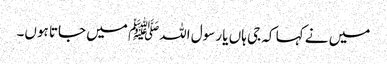
میں نے کہا کہ جی ہاں یا رسول اللہﷺ میں جاتا ہوں۔